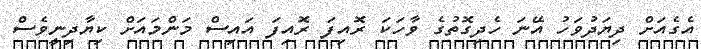
އެގެއަށް ދިޔަދުވަހު އޭނަ ހެދިގޮތުގެ ވާހަކަ ރޮއިފަ ރޮއިފަ އައިސް މަންމައަށް ކިޔާދިނީވެސް